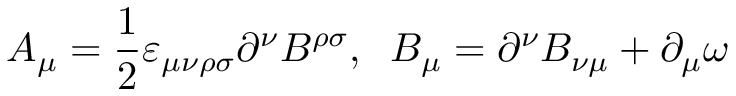
A _ { \mu } = \frac { 1 } { 2 } { \varepsilon } _ { \mu \nu \rho \sigma } \partial ^ { \nu } B ^ { \rho \sigma } , \; \; B _ { \mu } = \partial ^ { \nu } B _ { \nu \mu } + \partial _ { \mu } \omega